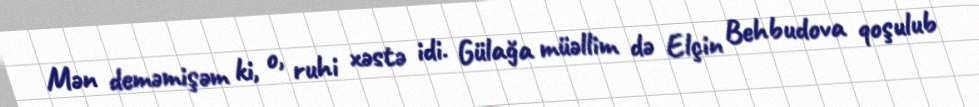
Mən deməmişəm ki, o, ruhi xəstə idi. Gülağa müəllim də Elçin Behbudova qoşulub